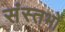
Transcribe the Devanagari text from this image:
संस्तभों